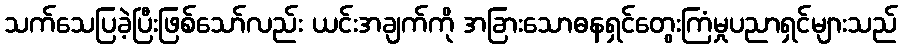
သက်သေပြခဲ့ပြီးဖြစ်သော်လည်း ယင်းအချက်ကို အခြားသောဓနရှင်တွေးကြံမှုပညာရှင်များသည်